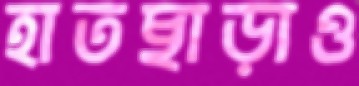
হাতছাড়াও